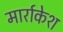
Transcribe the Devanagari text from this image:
मार्राकेश